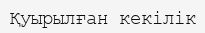
Қуырылған кекілік